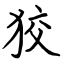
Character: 狡